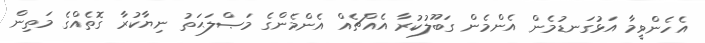
އެހެންވީމާ އަޅުގަނޑުމެން އެންމެން ގަބޫލުކުރާ އެއްޗެއް އެންމެންގެ މަޞްލަޙަތު ނިޔާކުރާ ގޮތެއްގެ މަތިން